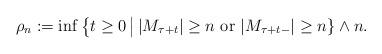
LaTeX: \begin{align*} \rho_n&:=\inf\big\{ t\geq 0 \, \big| \, |M_{\tau+t}|\geq n \mbox{ or } |M_{\tau+t-}|\geq n \}\wedge n. \end{align*}